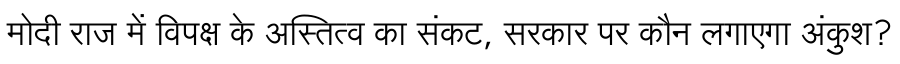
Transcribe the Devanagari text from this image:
मोदी राज में विपक्ष के अस्तित्व का संकट, सरकार पर कौन लगाएगा अंकुश?